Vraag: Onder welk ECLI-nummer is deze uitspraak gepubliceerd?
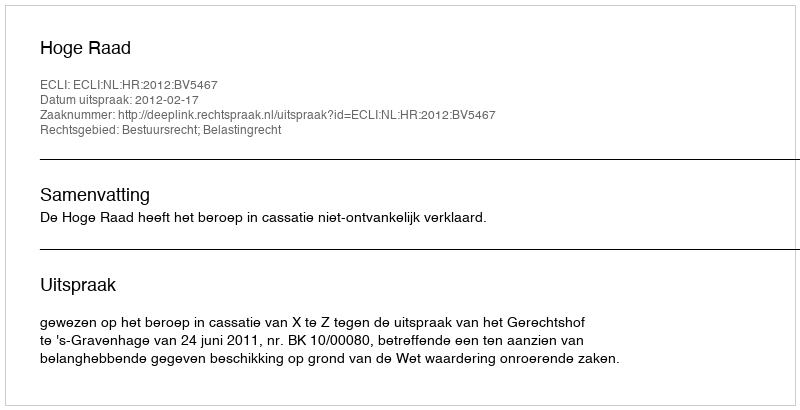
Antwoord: ECLI:NL:HR:2012:BV5467